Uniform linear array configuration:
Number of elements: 24
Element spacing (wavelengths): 0.5
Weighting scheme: hann
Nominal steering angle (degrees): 0
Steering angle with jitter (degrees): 1.54
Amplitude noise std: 0.05
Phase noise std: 0.05

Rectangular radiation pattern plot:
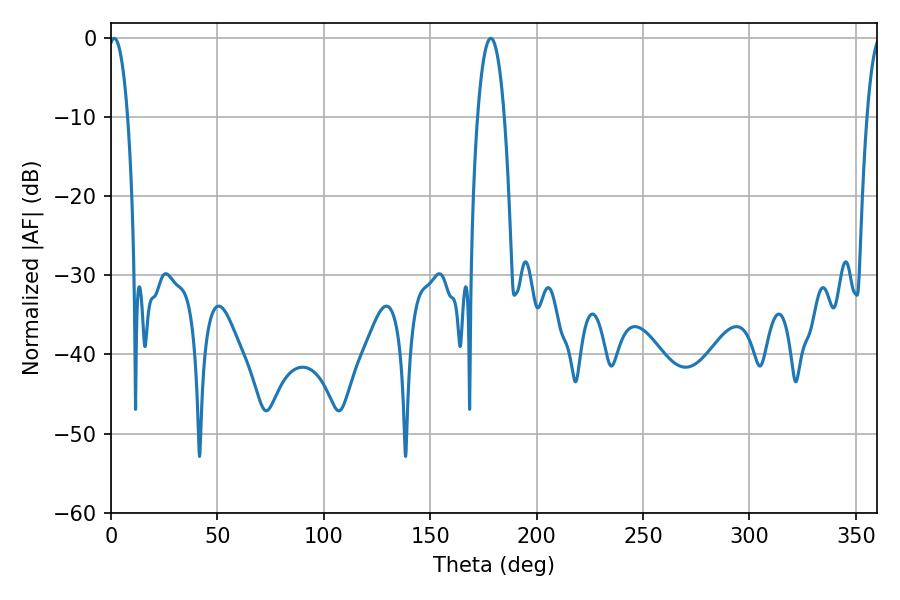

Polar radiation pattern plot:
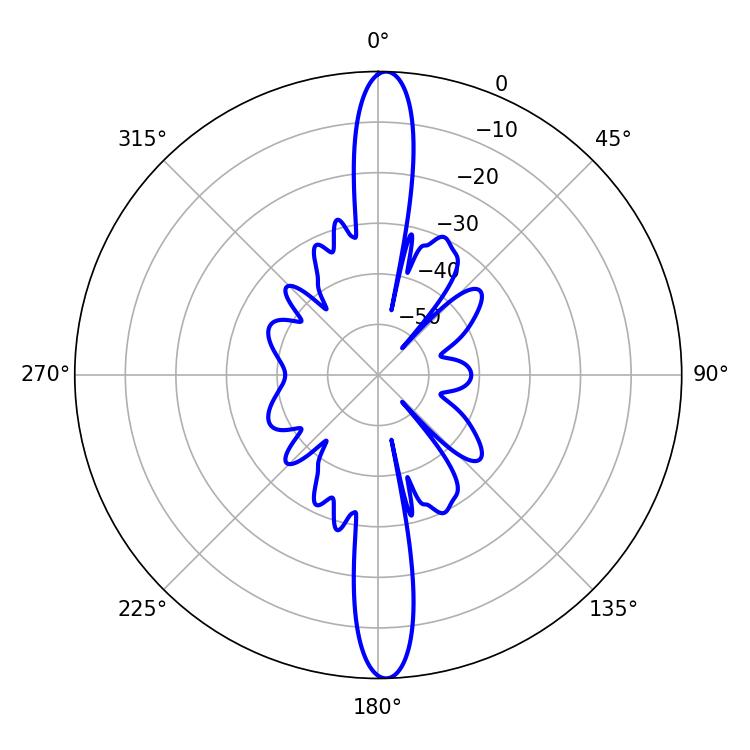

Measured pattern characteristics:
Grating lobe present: FALSE
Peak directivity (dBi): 24.635
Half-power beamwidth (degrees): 5.04
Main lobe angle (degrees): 1.62